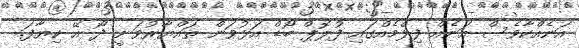
އަނެއްކާވެސް އަނެއް ފިލްމެއްގައި ފުލޮޕް ބޯޑް އަޅުވަން ތައްޔާރުވަނީ ދޯ އޭ ކިޔާފަ.